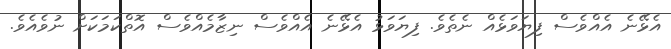
އެޅޭނެ އެއްވެސް ފިޔަވަޅެއް ނެތެވެ. ފިޔަވަޅު އެޅޭނެ އެއްވެސް ނިޒާމެއްވެސް އޮތްކަމަކަށް ނުވެއެވެ.